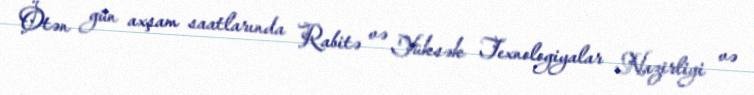
Ötən gün axşam saatlarında Rabitə və Yüksək Texnologiyalar Nazirliyi və